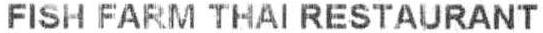
FISH FARM THAI RESTAURANT